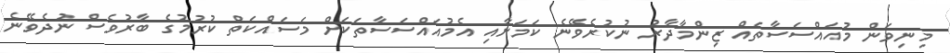
މިނިވަން މުއައްސަސާތައް ޒިންމާދާރު ނުކުރެވޭނެ ކަމަށާއި އެމުއައްސަސާތަކަށް މަސައްކަތް ކުރުމުގެ ބާރުވެސް ނުދެވޭނެ